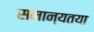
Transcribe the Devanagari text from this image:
समान्यतया